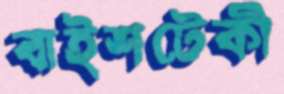
বাইশটেকী